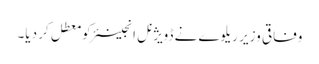
وفاقی وزیر ریلوے نے ڈویژنل انجینئر کو معطل کر دیا۔